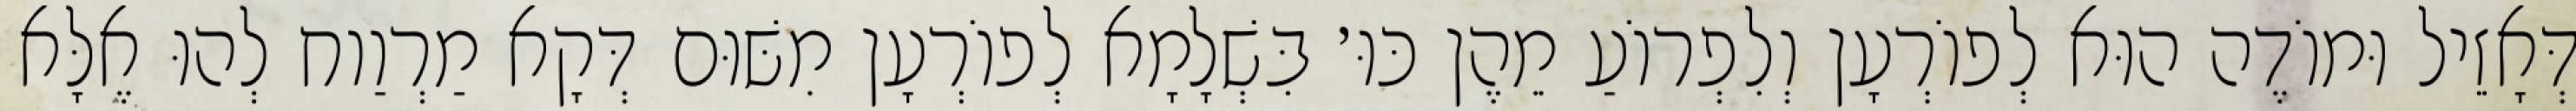
דְּאָזֵיל וּמוֹדֶה הוּא לְפוֹרְעָן וְלִפְרוֹעַ מֵהֶן כּוּ׳ בִּשְׁלָמָא לְפוֹרְעָן מִשּׁוּם דְּקָא מַרְוַוח לְהוּ אֶלָּא